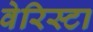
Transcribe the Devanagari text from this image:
वेरिस्टा